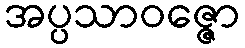
အပ္ပသာဝဇ္ဇော